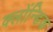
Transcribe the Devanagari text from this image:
क्लोंन्डिक